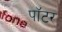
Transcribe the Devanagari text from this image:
पाॅटर